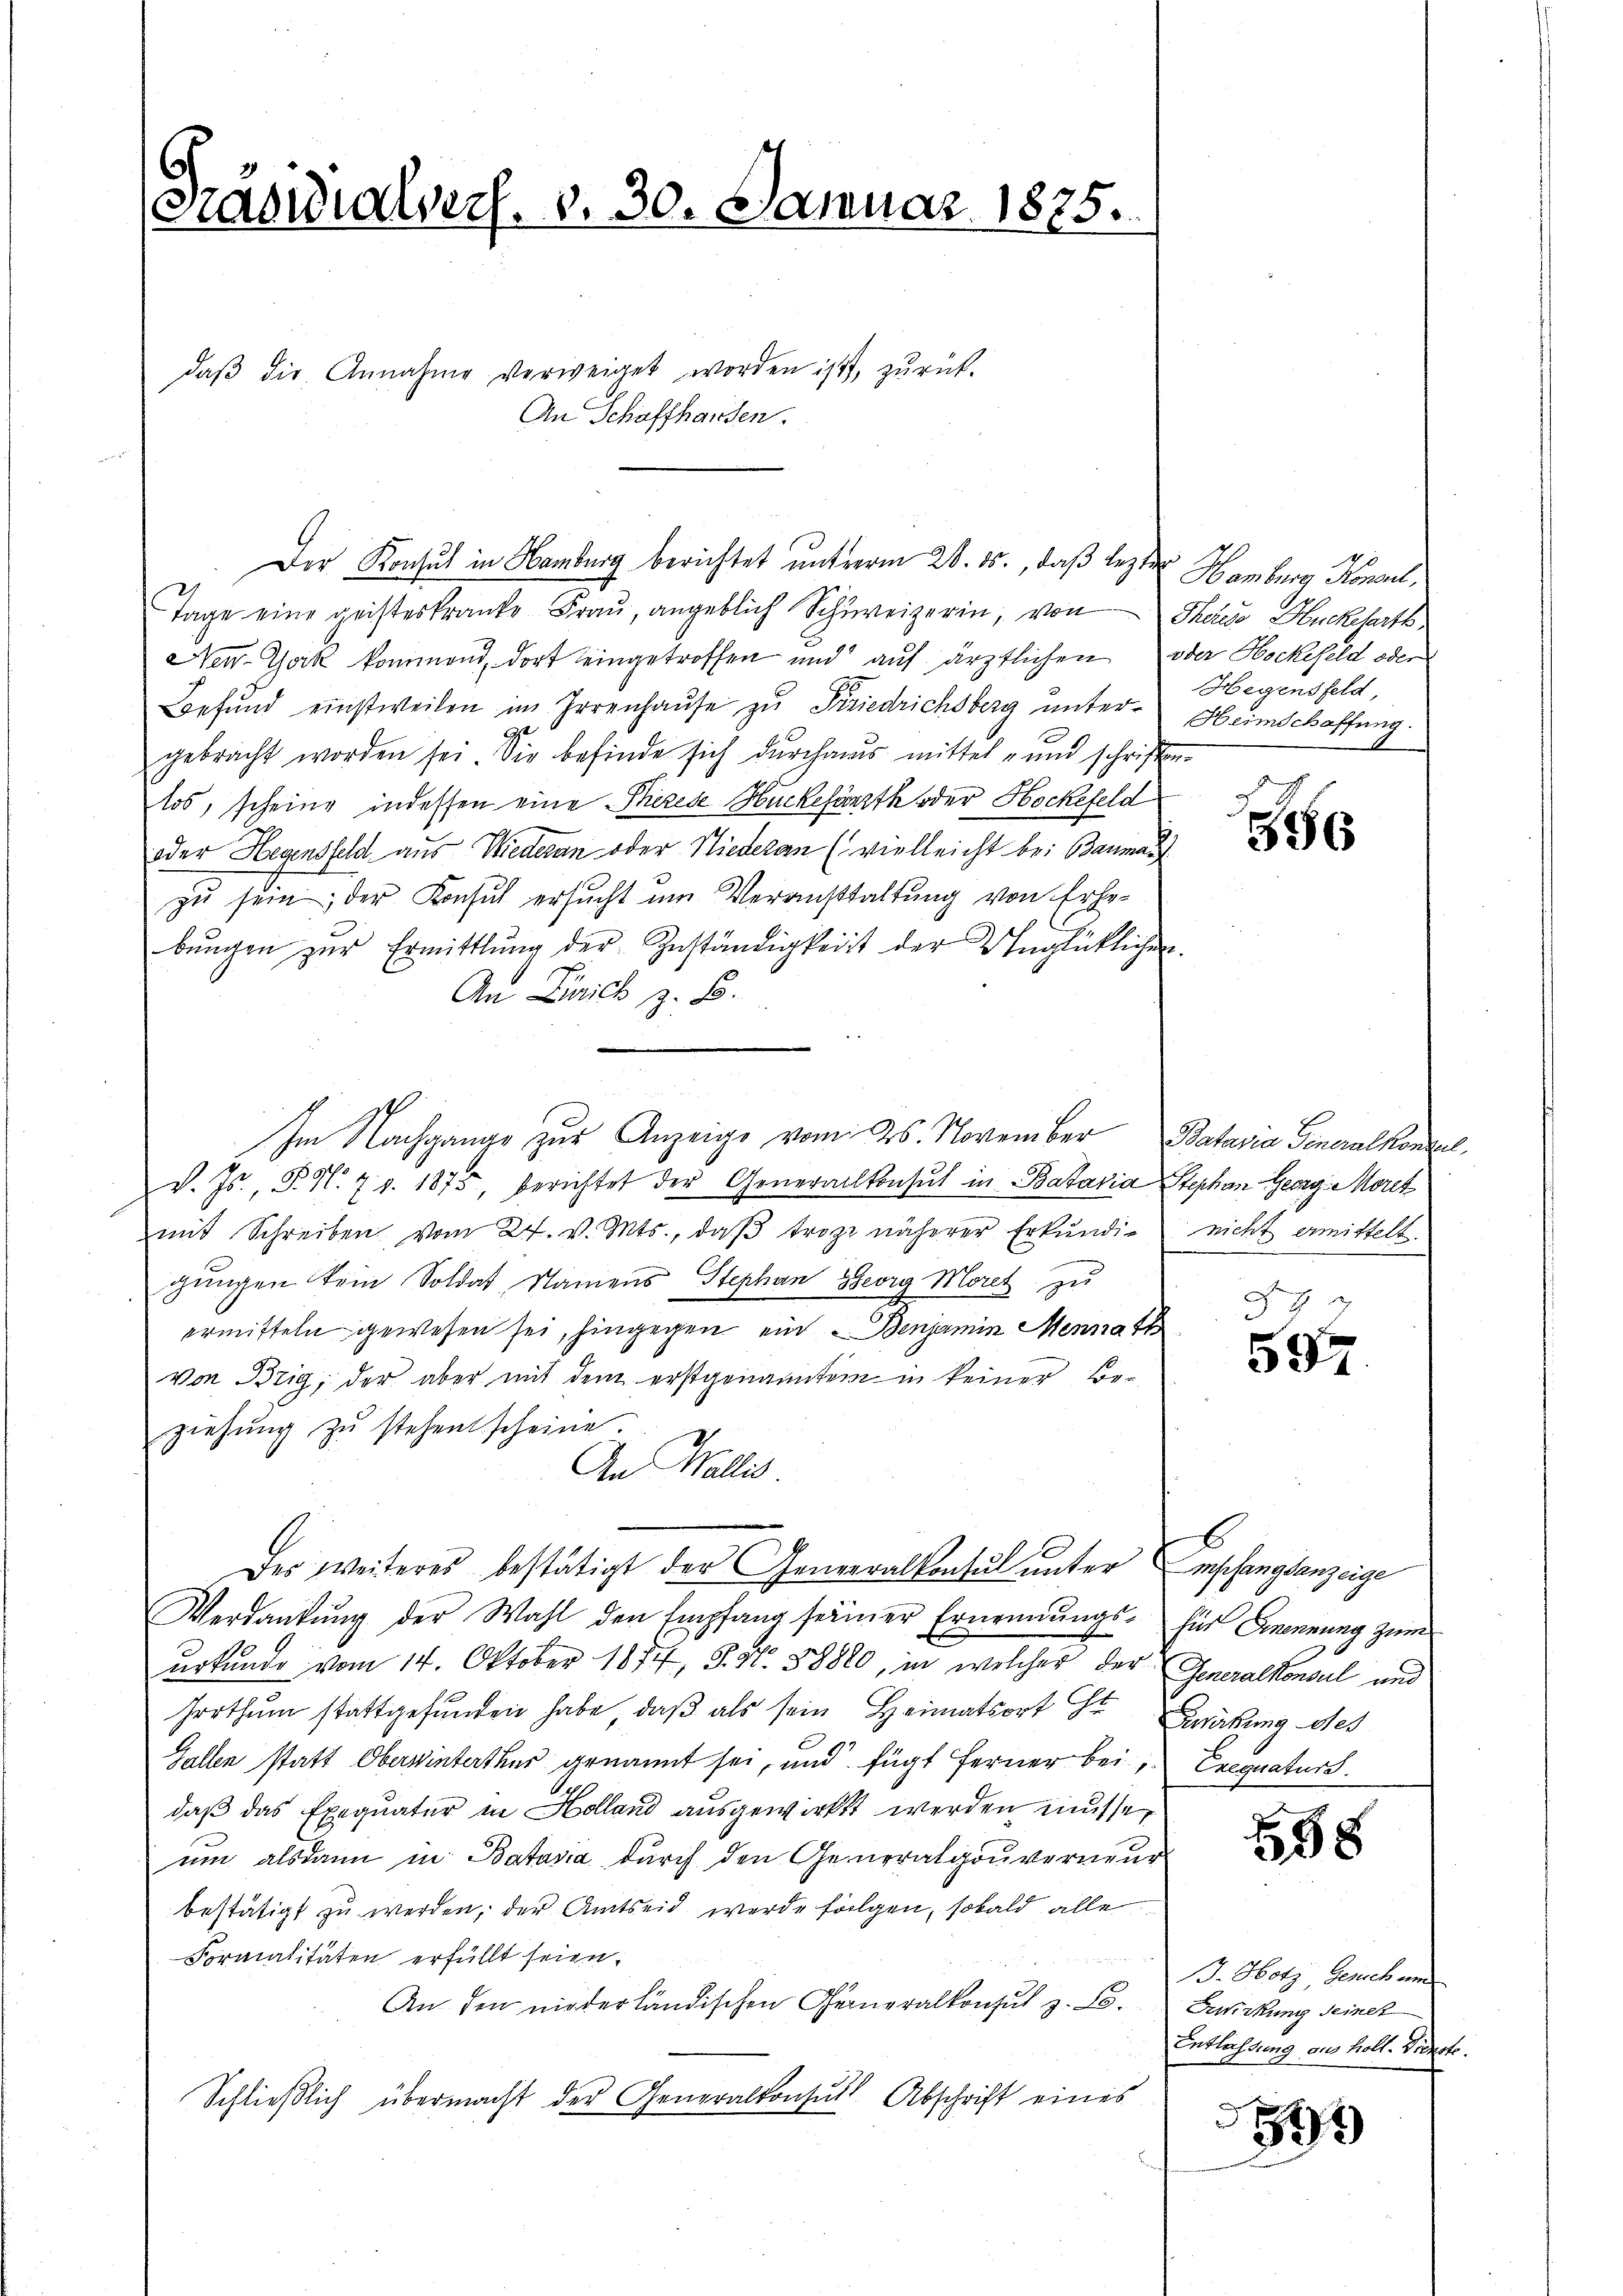
Präsidialverf. v. 30. Januar 1875.

daβ die Annahme verweiget worden ist, zŭrück-
An Schaffhausen.
Tage eine geisteskranke Frau, angeblich Schweizerin, von Theredo Huckefarth
New-York kommend, dort eingetroffen und auf ärztlichen oder Hockefeld oder
Lefŭnd einstweilen im Irrenhaŭse zŭ Friedrichsberg unter Heimschaffung
9
gebracht worden sei. Die befinde sich durchaus mittel- und schriften
los, scheine indessen eine Therede Huckefarzth oder Hockefeld
oder Hegensfeld aus Wiederan oder Niederan (vielleicht bei Baumant
zu sein, der Konsul ersucht um Veranstaltung von Erhebŭngen zŭr Ermittlung der Zuständigkeit der Unglücklichen.
An Leich z. B.
v. Js., P. N. 7 v. 1875, berichtet der Generalkonsul in Batavia Stephan Georg Morit
mit Schreiben vom 27. v. Mts., daβ trozi näherer Erkŭndig nicht ermittelt.
gungen kein Soldat Namens Stephan Georg Moret zu
ermitteln gewesen sei, hingegen ein - Benjamin Mennath
von Brig, der aber mit dem erstgenanntem in keiner Beziehŭng zŭ stehent scheine.
An Wallis.
Der weiteres bestätigt der Generalkontul unter Empfangsanzeige
Verdankŭng der Wahl den Empfang seiner Ernendungs- für Ernennung zum
urkunde vom 14. Oktober 1874, S. Nr. 88820, in welcher der Generalkonsul und
hrrthum stattgefunden habe, daß als sein Heimatsort Er Zeitung des
Gallen statt Oberwinterthur genannt sei, und fügt ferner bei Exequatur.
daß das Exequater in Holland ausgewirkt werden müsse,
um alsdann in Batasia durch den Generalgouverneur
bestätigt zu werden, der Amtseid werde folgen, sobald alle
Formalitäten erfüllt seien.
An den niederländischen Generalkonsul z. B. Bewirkung seinet
Schließlich übermacht der Generalkonsuls Abschrift eines

Der Konsul in Hamburg berichtet unterm 28. ds., daß lezte

Im Nachgange zur Anzeige vom 26. November Bataria Generalkontel,

Hamburg Konsul,
Hegensfeld,

56

F 9
592.

b

558

13. Hotz Gerechun
Entlassung aus holl. Dienste.

49